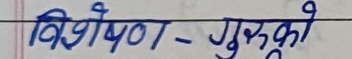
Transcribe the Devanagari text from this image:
विशेषण - गुरूको